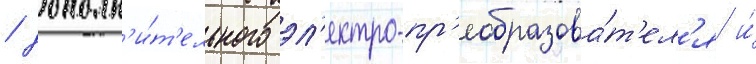
/ дополн'и́т'ельного эл'ектро-пр'еобразова́т'ел'я и́